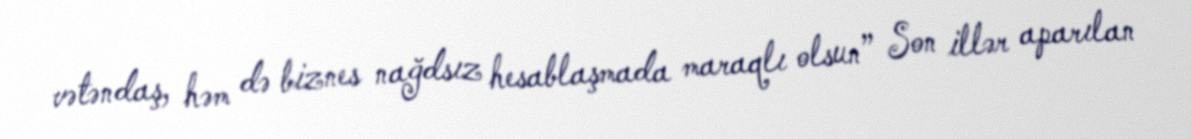
vətəndaş, həm də biznes nağdsız hesablaşmada maraqlı olsun” Son illər aparılan